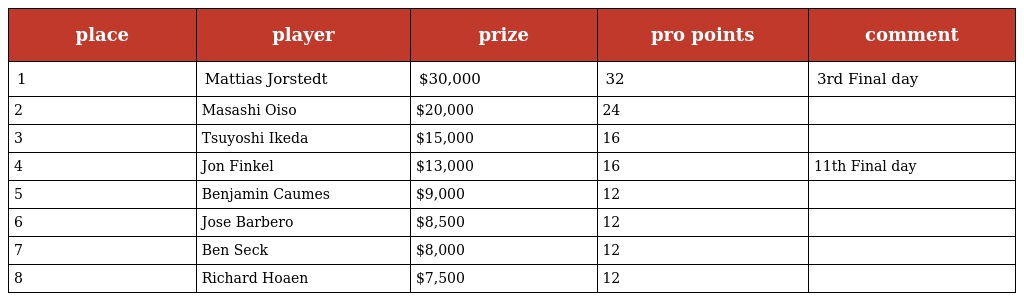
| place | player | prize | pro points | comment |
 | --- | --- | --- | --- | --- |
 | 1 | Mattias Jorstedt | $30,000 | 32 | 3rd Final day |
 | 2 | Masashi Oiso | $20,000 | 24 |  |
 | 3 | Tsuyoshi Ikeda | $15,000 | 16 |  |
 | 4 | Jon Finkel | $13,000 | 16 | 11th Final day |
 | 5 | Benjamin Caumes | $9,000 | 12 |  |
 | 6 | Jose Barbero | $8,500 | 12 |  |
 | 7 | Ben Seck | $8,000 | 12 |  |
 | 8 | Richard Hoaen | $7,500 | 12 |  |